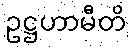
ဥဋ္ဌဟာမီတိ